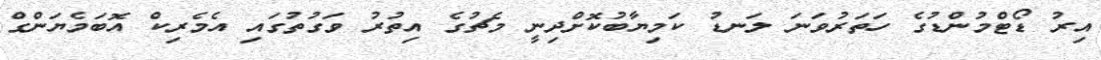
އިރު ޑޯޓްމުންޑުގެ ހަތަރުވަނަ ލަނޑު ކަމިޔާބުކޮށްދިނީ މެޗުގެ އިތުރު ވަގުތުގައި އެމެރިކް އޮބަމެޔަންގް